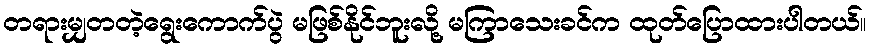
တရားမျှတတဲ့ရွေးကောက်ပွဲ မဖြစ်နိုင်ဘူးလို့ မကြာသေးခင်က ထုတ်ပြောထားပါတယ်။